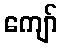
ကျော်